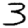
Digit: 3